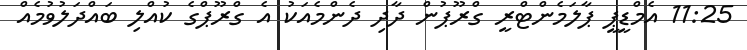
11:25 އެމްޑީޕީ ޕާލަމެންޓްރީ ގްރޫޕުން ދާދި ދެންމެއަކު އެ ގްރޫޕްގެ ކުއްލި ބައްދަލުވުމެއް